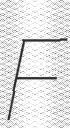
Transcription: F